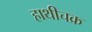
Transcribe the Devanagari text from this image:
हाथीचक्र